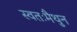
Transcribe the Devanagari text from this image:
स्वतःमैथुन